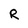
Character: R